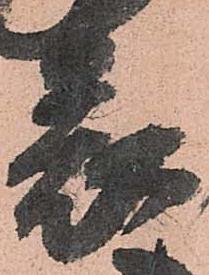
表